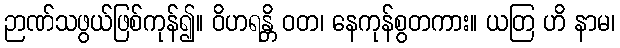
ဉာဏ်သဖွယ်ဖြစ်ကုန်၍။ ဝိဟရန္တိ ဝတ၊ နေကုန်စွတကား။ ယတြ ဟိ နာမ၊